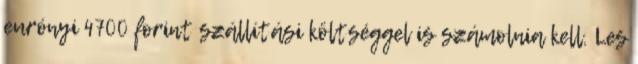
eurónyi 4700 forint szállítási költséggel is számolnia kell. Les